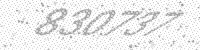
Solution: 830737